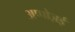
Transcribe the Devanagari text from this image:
अप्पोज़ई